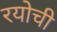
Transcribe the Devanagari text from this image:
रयोची